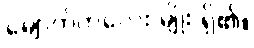
မျောက်ကလေး မျိုး ရှိ၏။